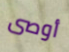
أوصى